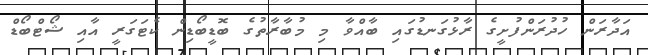
އަދާރަން ހުދުރަންފުށީގެ ރާޅުގަނޑުގައި ބާއްވާ މި މުބާރާތުގެ ބޮޑީބޯޑިން ކެޓަގަރީ އާއި ޝޯޓްބޯޑް